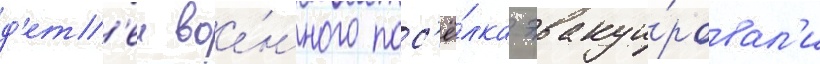
д'ет'еи вое́нного пос'ё́лка эвакуи́ровал'и